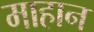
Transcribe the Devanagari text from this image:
माहान